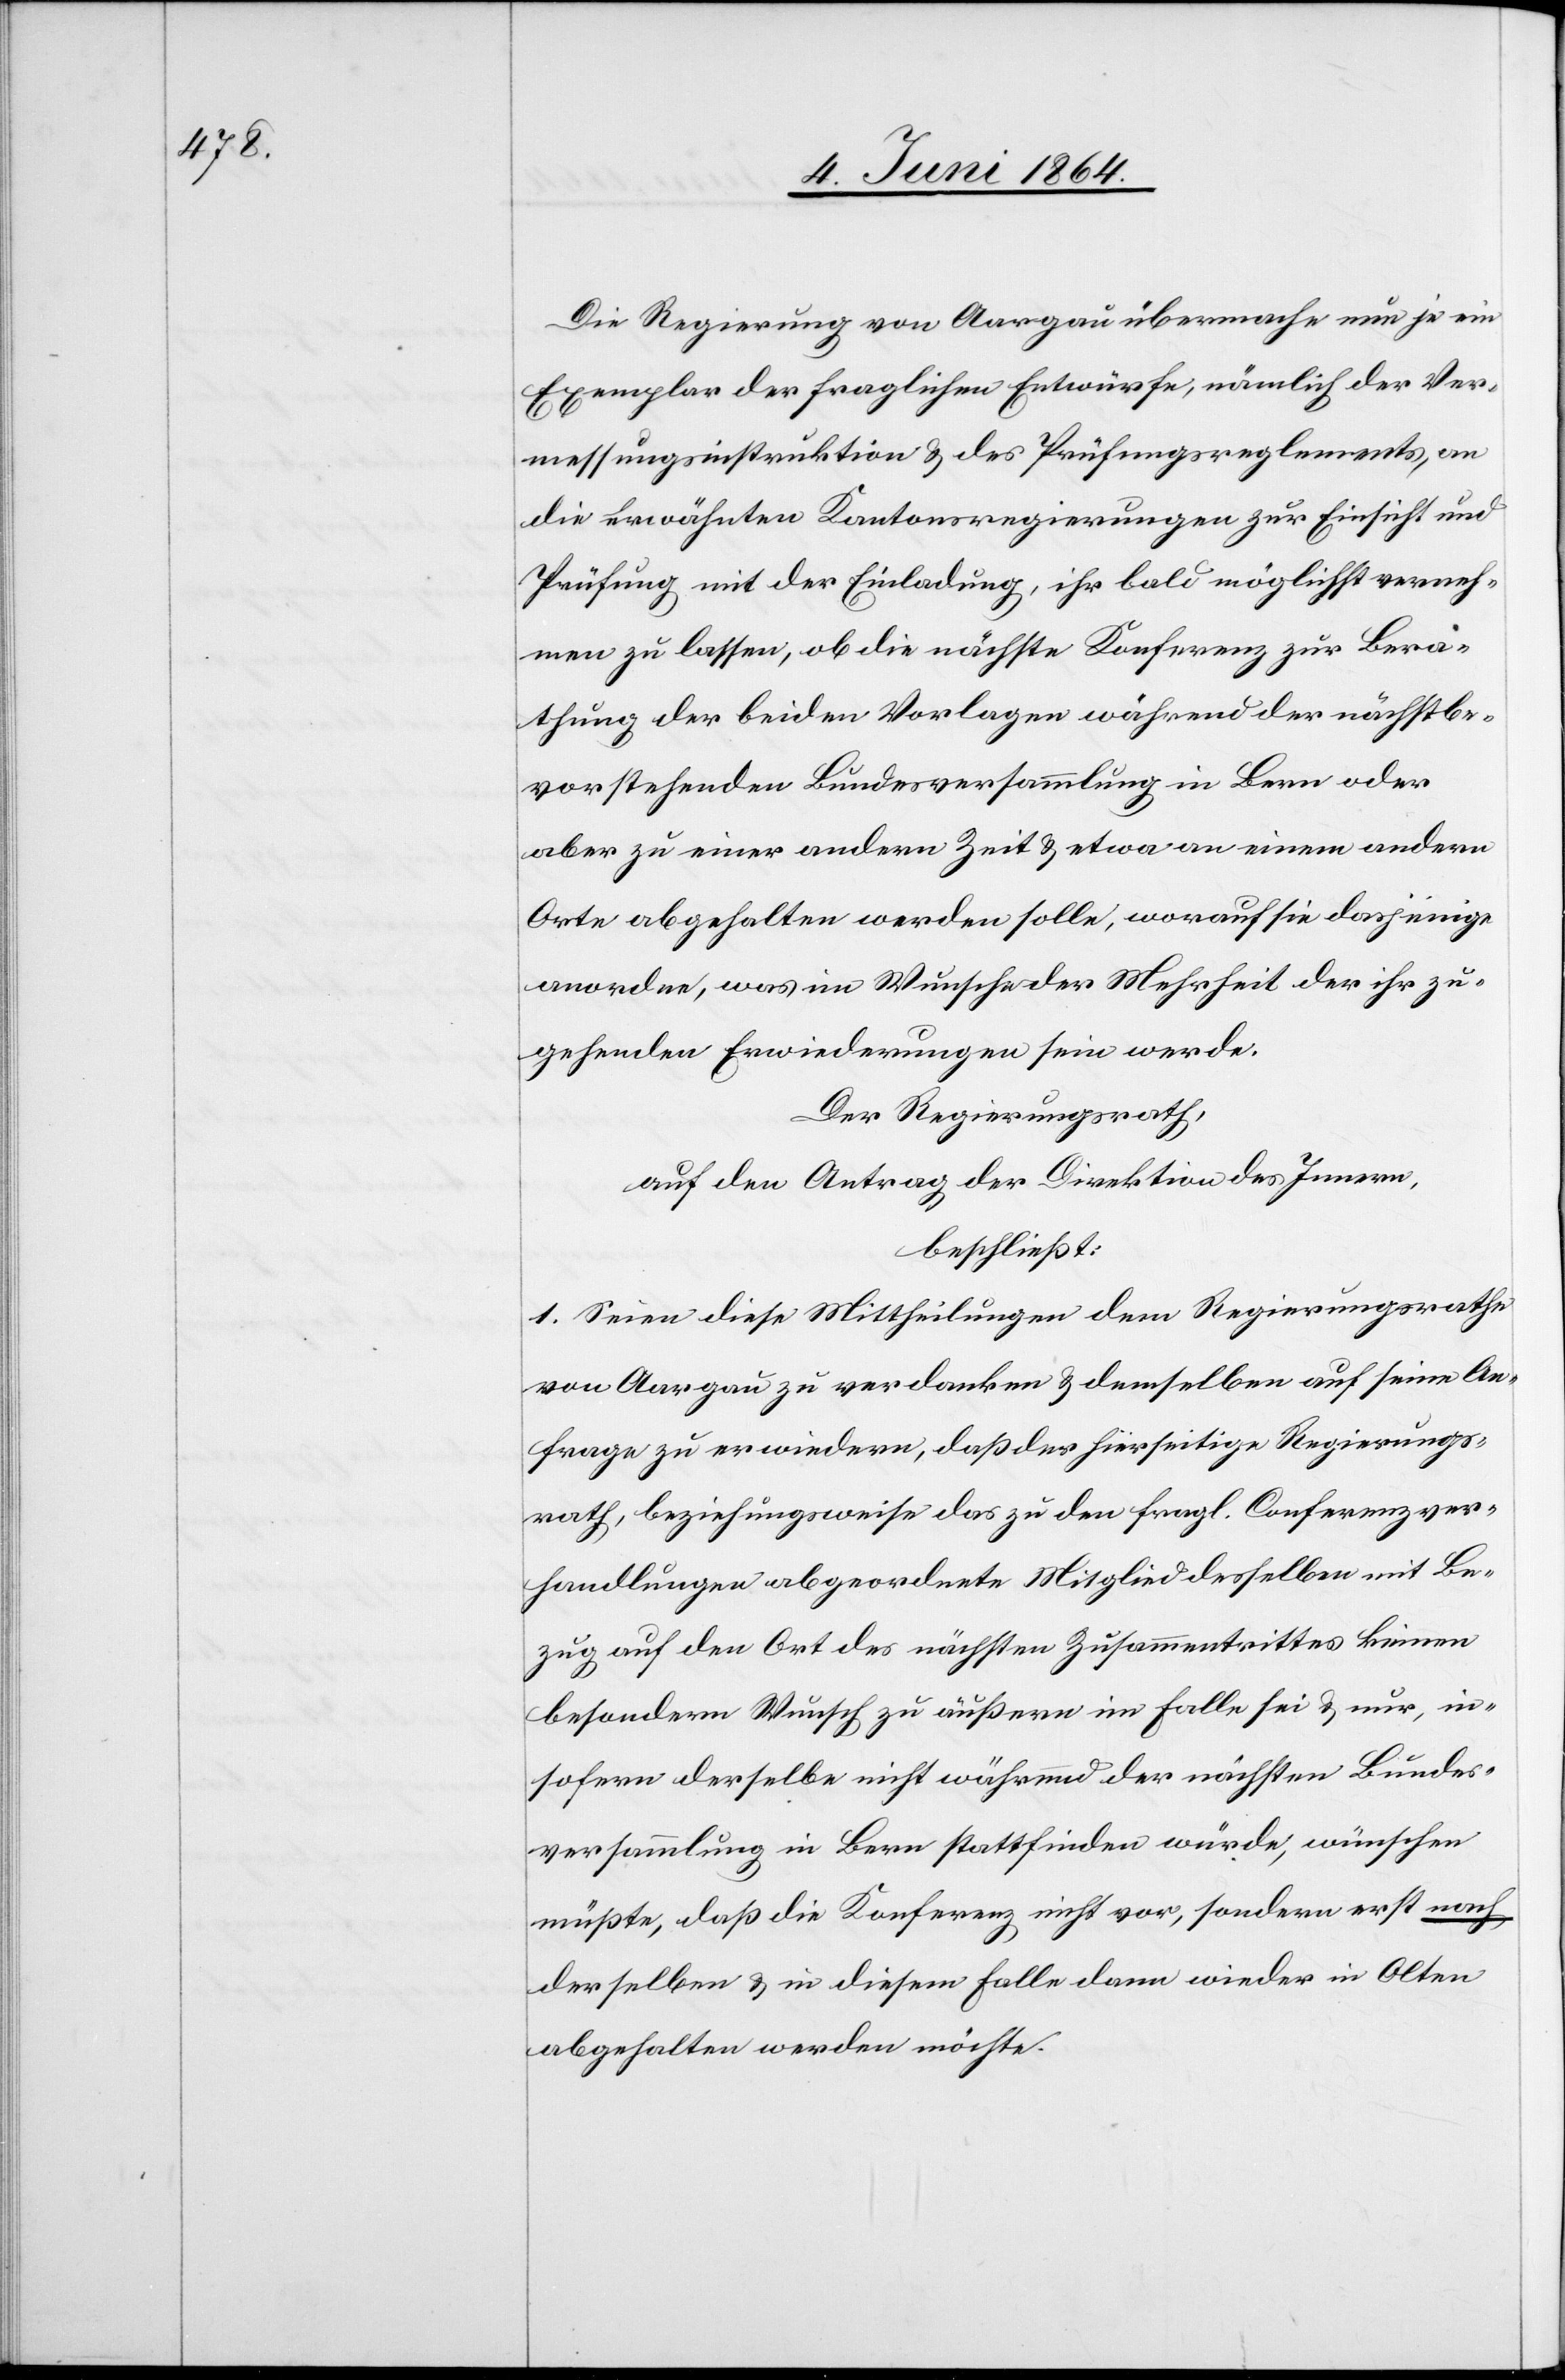
Die Regierung von Aargau übermache nun je ein
Exemplar der fraglichen Entwürfe, nämlich der Ver¬
messungsinstruktion u. des Prüfungsreglements, an
die erwähnten Kantonsregierungen zur Einsicht und
Prüfung mit der Einladung, ihr bald möglichst verneh¬
men zu lassen, ob die nächste Konferenz zur Bera¬
thung der beiden Vorlagen während der nächstbe¬
vorstehenden Bundesversammlung in Bern oder
aber zu einer andern Zeit u. etwa an einem andern
Orte abgehalten werden solle, worauf sie dasjenige
anordne, was im Wunsche der Mehrheit der ihr zu¬
gehenden Erwiederungen sein werde.
Der Regierungsrath,
auf den Antrag der Direktion des Innern,
beschließt:
1. Seien diese Mittheilungen dem Regierungsrathe
von Aargau zu verdanken u. demselben auf seine An¬
frage zu erwiedern, daß der hierseitige Regierungs¬
rath, beziehungsweise das zu den fragl. Conferenzver¬
handlungen abgeordnete Mitglied desselben mit Be¬
zug auf den Ort des nächsten Zusammentrittes keinen
besondern Wunsch zu äußern im Falle sei u. nur, in¬
sofern derselbe nicht während der nächsten Bundes¬
versammlung in Bern stattfinden würde, wünschen
müßte, daß die Konferenz nicht vor, sondern erst nach
derselben u. in diesem Falle dann wieder in Olten
abgehalten werden möchte.